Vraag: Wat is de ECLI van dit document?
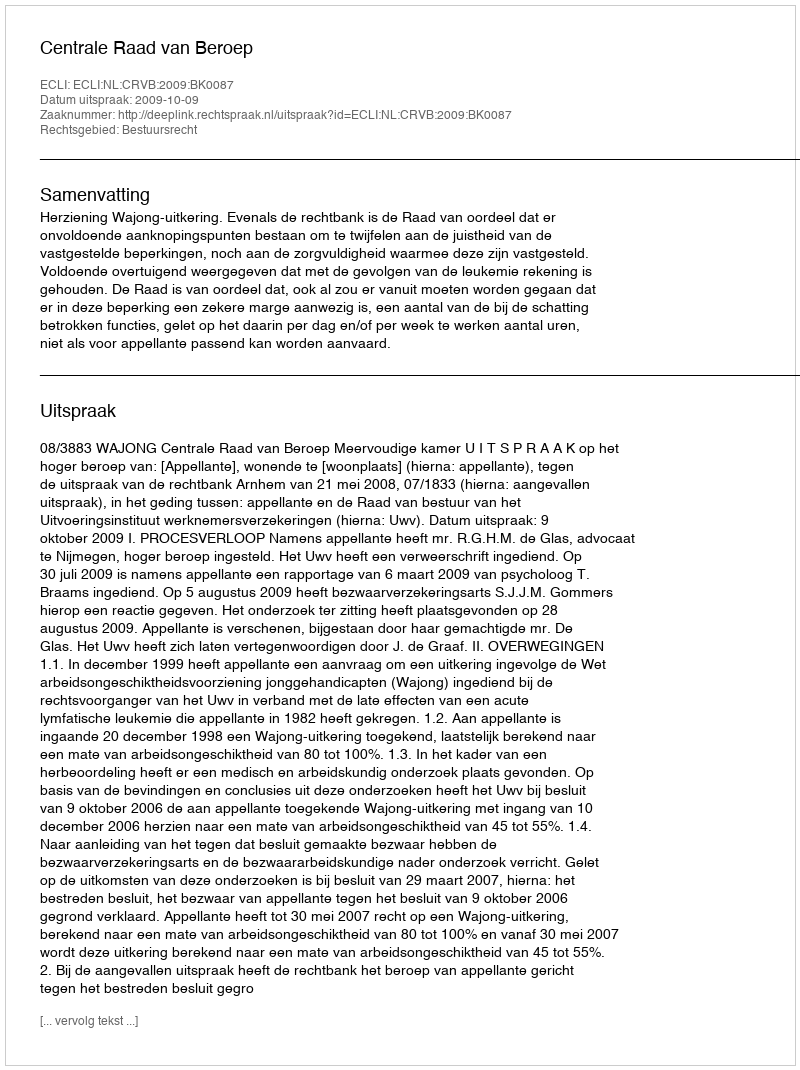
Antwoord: ECLI:NL:CRVB:2009:BK0087